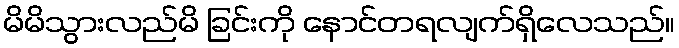
မိမိသွားလည်မိ ခြင်းကို နောင်တရလျက်ရှိလေသည်။